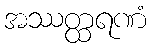
အဿတ္ထရဏံ